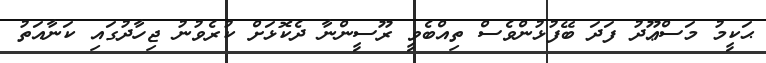
ޙަކީމު މަސްޢޫދު ފަދަ ބޭފުޅުންވެސް ތިއްބެވީ ރޫސީންނާ ދެކޮޅަށް ކުރެވުނު ޖިހާދުގައި ކަނާއަތު